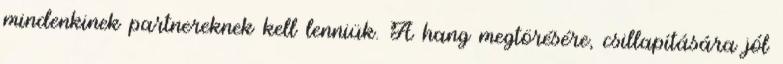
mindenkinek partnereknek kell lenniük. A hang megtörésére, csillapítására jól